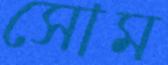
সোম